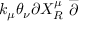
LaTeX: k _ { \mu } \theta _ { \nu } \partial X _ { R } ^ { \mu } \stackrel { \_ } { \partial }